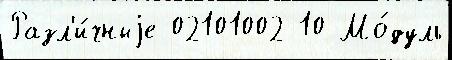
Разл'и́чныjе 02101002 10 Мо́дуль